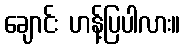
ချောင်း ဟန့်ပြပါလား။